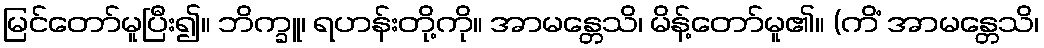
မြင်တော်မူပြီး၍။ ဘိက္ခူ၊ ရဟန်းတို့ကို။ အာမန္တေသိ၊ မိန့်တော်မူ၏။ (ကိံ အာမန္တေသိ၊